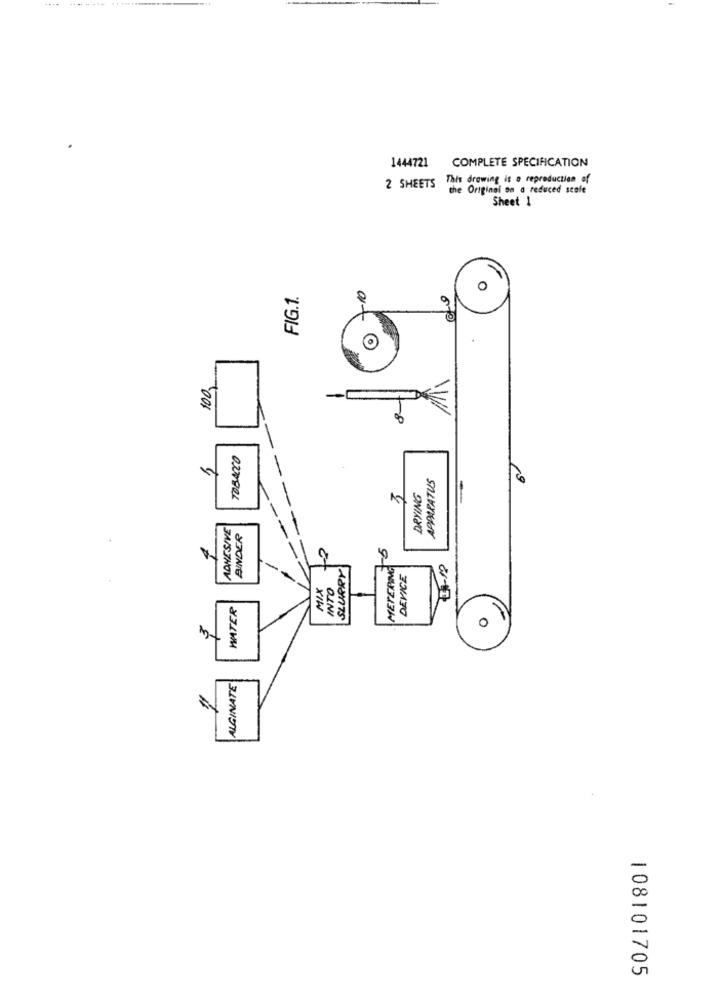
1444721
COMPLETE SPECIFICATION
2 SHEETS This drawing is o reproduction of
the Original on a reduced scale
Sheet 1
10
FIG.1.
100
TOBACCO
APPARATUS
DRYING
ADHESIVE
BINDER
SLURRY
METERING
DEVICE
MIX
INTO
WATER
0
ALGINATE
108101705